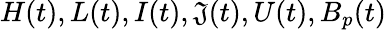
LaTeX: H(t),L(t),I(t),\mathfrak{J}(t),U(t),B_{p}(t)